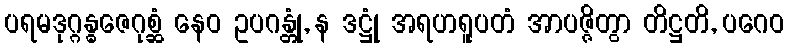
ပရမဒုဂ္ဂန္ဓဇေဂုစ္ဆံ နေဝ ဥပဂန္တုံ, န ဒဋ္ဌုံ အရဟရူပတံ အာပဇ္ဇိတွာ တိဋ္ဌတိ, ပဂေဝ